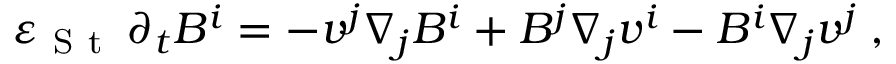
{ \varepsilon } _ { \mathrm { ~ S ~ t ~ } } \, \partial _ { t } { B ^ { i } } = - v ^ { j } \nabla _ { j } B ^ { i } + B ^ { j } \nabla _ { j } v ^ { i } - B ^ { i } \nabla _ { j } v ^ { j } \; ,